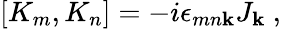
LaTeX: [K_{m},K_{n}]=-i\epsilon_{mn\mathbf{k}}J_{\mathbf{k}}~,